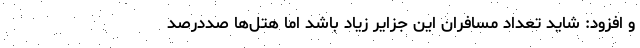
و افزود: شاید تعداد مسافران این جزایر زیاد باشد اما هتل‌ها صددرصد